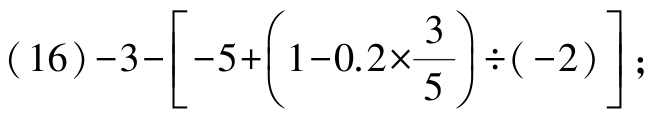
(16)\(-3-\left[-5+\left(1 - 0.2\times\frac{3}{5}\right)\div(-2)\right]\);